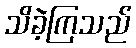
သိခဲ့ကြသည်